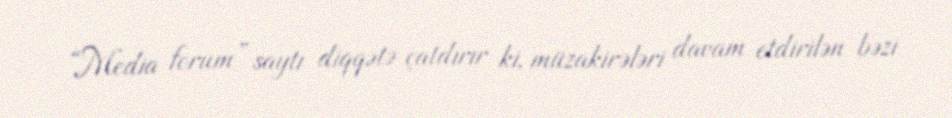
“Media forum” saytı diqqətə çatdırır ki, müzakirələri davam etdirilən bəzi